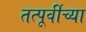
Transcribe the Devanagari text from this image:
तत्पूर्वीच्या